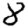
Digit: 8